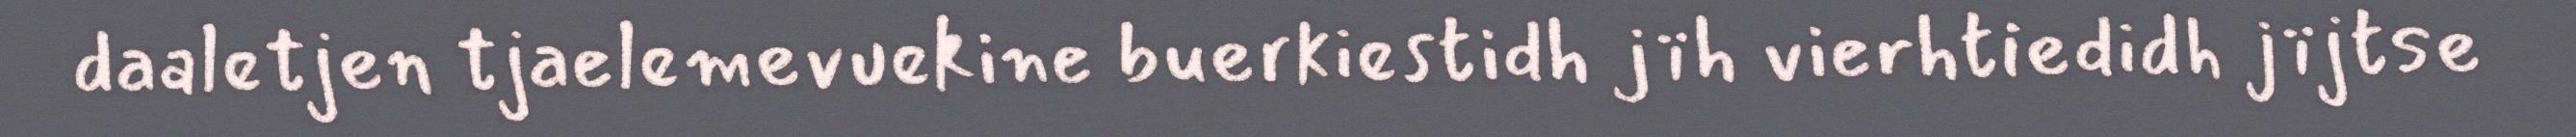
daaletjen tjaelemevuekine buerkiestidh jïh vierhtiedidh jïjtse